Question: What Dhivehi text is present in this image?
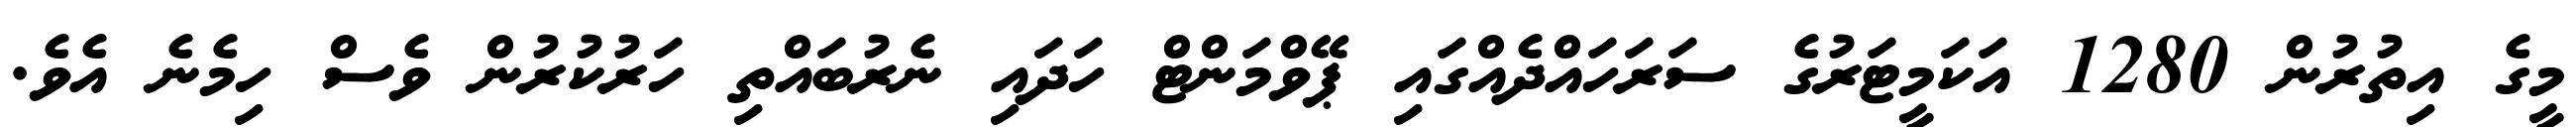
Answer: މީގެ އިތުރުން 1280 އަކަމީޓަރުގެ ސަރަހައްދެއްގައި ޕޭވްމަންޓް ހަދައި ނެރުބައްތި ހަރުކުރުން ވެސް ހިމެނެ އެވެ.